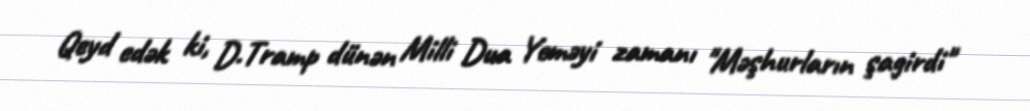
Qeyd edək ki, D.Tramp dünən Milli Dua Yeməyi zamanı "Məşhurların şagirdi"